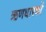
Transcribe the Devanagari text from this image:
ऋणधारकों